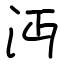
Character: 沔